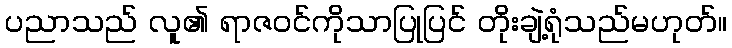
ပညာသည် လူ၏ ရာဇဝင်ကိုသာပြုပြင် တိုးချဲ့ရုံသည်မဟုတ်။